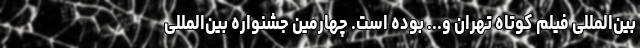
بین‌المللی فیلم کوتاه تهران و... بوده است. چهارمین جشنواره بین‌المللی